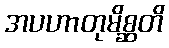
အပဟာတုမိစ္ဆတိ